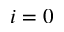
i = 0